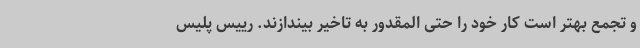
و تجمع بهتر است کار خود را حتی المقدور به تاخیر بیندازند. رییس پلیس